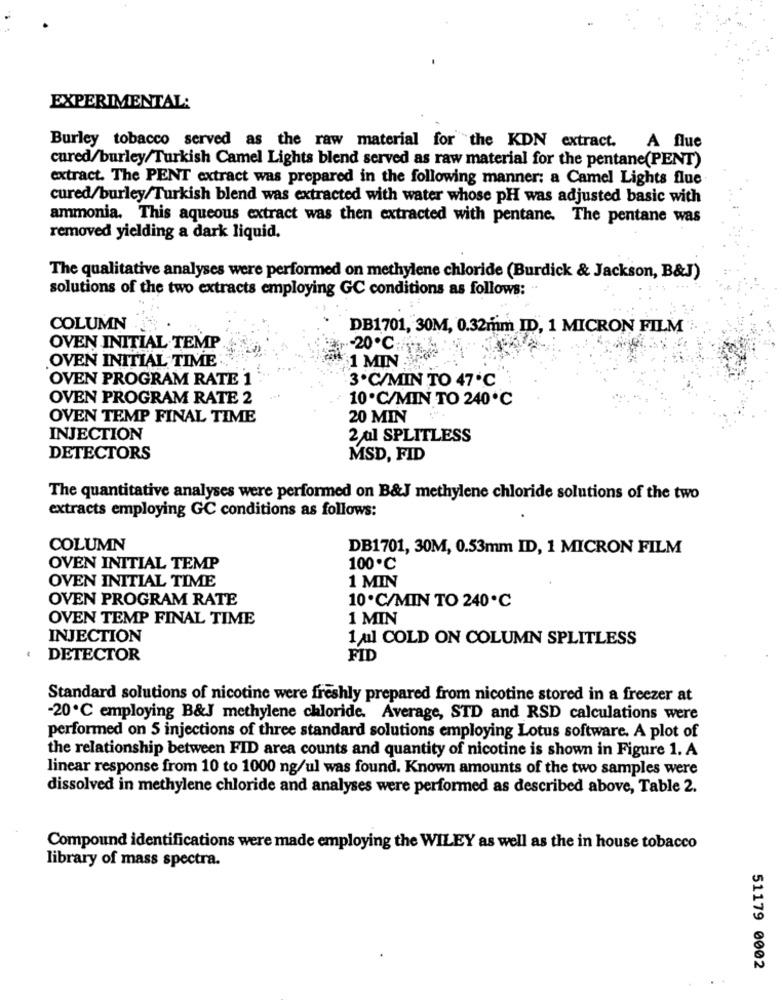
EXPERIMENTAL:
Burley tobacco served as the raw material for the KDN extract.
A flue
cured/burley/Turkish Camel Lights blend served as raw material for the pentane(PENT)
extract. The PENT extract was prepared in the following manner: a Camel Lights flue
cured/burley/Turkish blend was extracted with water whose pH was adjusted basic with
ammonia. This aqueous extract was then extracted with pentane. The pentane was
removed yielding a dark liquid.
The qualitative analyses were performed on methylene chloride (Burdick & Jackson, B&J)
solutions of the two extracts employing GC conditions as follows:
COLUMN
DB1701, 30M, 0.32mm ID, 1 MICRON FILM
OVEN INITIAL TEMP.
.- 20℃:
OVEN INITIAL TIME
& 1 MIN
OVEN PROGRAM RATE 1
3.C/MIN TO 47 .℃
OVEN PROGRAM RATE 2
10ºC/MIN TO 240℃
OVEN TEMP FINAL TIME
20 MIN
INJECTION
2 al SPLITLESS
DETECTORS
MSD, FID
The quantitative analyses were performed on B&J methylene chloride solutions of the two
extracts employing GC conditions as follows:
COLUMN
DB1701, 30M, 0.53mm ID, 1 MICRON FILM
OVEN INITIAL TEMP
100℃
OVEN INITIAL TIME
1 MIN
OVEN PROGRAM RATE
10ºC/MIN TO 240℃
OVEN TEMP FINAL TIME
1 MIN
INJECTION
1 ml COLD ON COLUMN SPLITLESS
DETECTOR
FID
Standard solutions of nicotine were freshly prepared from nicotine stored in a freezer at
-20℃ employing B&J methylene chloride. Average, STD and RSD calculations were
performed on 5 injections of three standard solutions employing Lotus software. A plot of
the relationship between FID area counts and quantity of nicotine is shown in Figure 1. A
linear response from 10 to 1000 ng/ul was found. Known amounts of the two samples were
dissolved in methylene chloride and analyses were performed as described above, Table 2.
Compound identifications were made employing the WILEY as well as the in house tobacco
library of mass spectra.
51179 0002